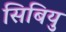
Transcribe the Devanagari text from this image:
सिबियु